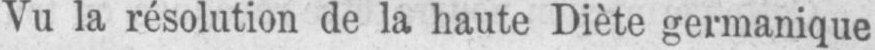
Vu la résolution de la haute Diète germanique